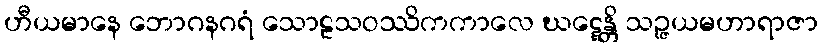
ဟီယမာနေ ဘောဂနဂရံ သောဠသဝဿိကကာလေ ဃဋ္ဋေန္တိ သဉ္ဇယမဟာရာဇာ